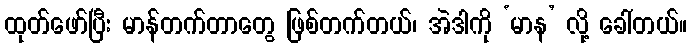
ထုတ်ဖော်ပြီး မာန်တက်တာတွေ ဖြစ်တက်တယ်၊ အဲဒါကို ‘မာန’ လို့ ခေါ်တယ်။